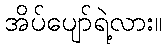
အိပ်ပျော်ရဲ့လား။